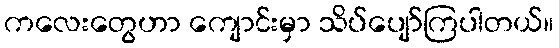
ကလေးတွေဟာ ကျောင်းမှာ သိပ်ပျော်ကြပါတယ်။